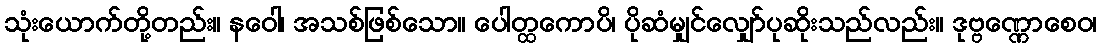
သုံးယောက်တို့တည်း။ နဝေါ၊ အသစ်ဖြစ်သော။ ပေါတ္ထကောပိ၊ ပိုဆံမျှင်လျှော်ပုဆိုးသည်လည်း။ ဒုဗ္ဗဏ္ဏောစေဝ၊